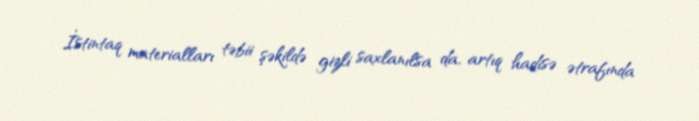
İstintaq materialları təbii şəkildə gizli saxlanılsa da, artıq hadisə ətrafında